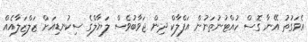
އެވަގުތު އޭނާ ގޮސް ހުއްޓުނުތަނުން އަފްލާކް ދިން ޖަވާބުވެސް ލަޔާލްގެ ސިކުނޑިއަށް ޒަލްޒަލާއެއް